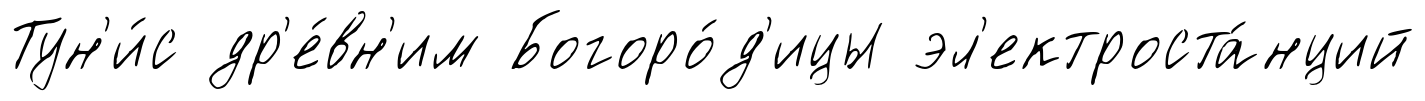
Тун'и́с др'е́вн'им Богоро́д'ицы эл'ектроста́нций